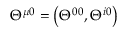
\Theta ^ { \mu 0 } = \left( \Theta ^ { 0 0 } , \Theta ^ { i 0 } \right)